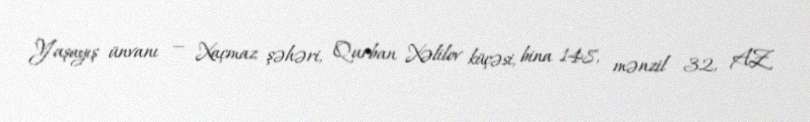
Yaşayış ünvanı — Xaçmaz şəhəri, Qurban Xəlilov küçəsi, bina 148, mənzil 32, AZ